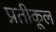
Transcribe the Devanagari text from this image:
प्रतीकूल